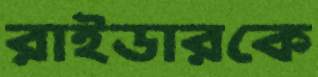
রাইডারকে